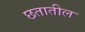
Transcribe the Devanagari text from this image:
छतातील